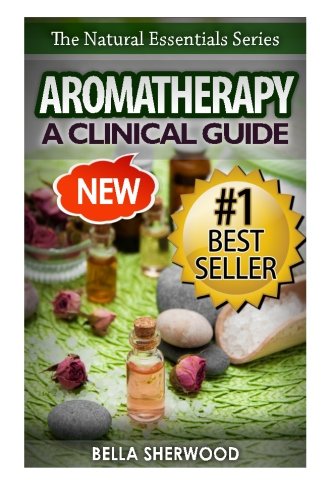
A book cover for Aromatherapy: A Clinical Guide to Essential Oils for Holistic Healing; Bella Sherwood; Health, Fitness & Dieting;